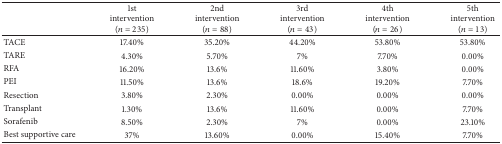
|  | 1st intervention (n = 235) | 2nd intervention (n = 88) | 3rd intervention (n = 43) | 4th intervention (n = 26) | 5th intervention (n = 13) |
 | --- | --- | --- | --- | --- | --- |
 | TACE | 17.40% | 35.20% | 44.20% | 53.80% | 53.80% |
 | TARE | 4.30% | 5.70% | 7% | 7.70% | 0.00% |
 | RFA | 16.20% | 13.6% | 11.60% | 3.80% | 0.00% |
 | PEI | 11.50% | 13.6% | 18.6% | 19.20% | 7.70% |
 | Resection | 3.80% | 2.30% | 0.00% | 0.00% | 0.00% |
 | Transplant | 1.30% | 13.6% | 11.60% | 0.00% | 7.70% |
 | Sorafenib | 8.50% | 2.30% | 7% | 0.00% | 23.10% |
 | Best supportive care | 37% | 13.60% | 0.00% | 15.40% | 7.70% |